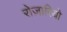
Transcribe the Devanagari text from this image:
रोज़ारियो